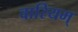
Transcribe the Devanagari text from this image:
वारियम्